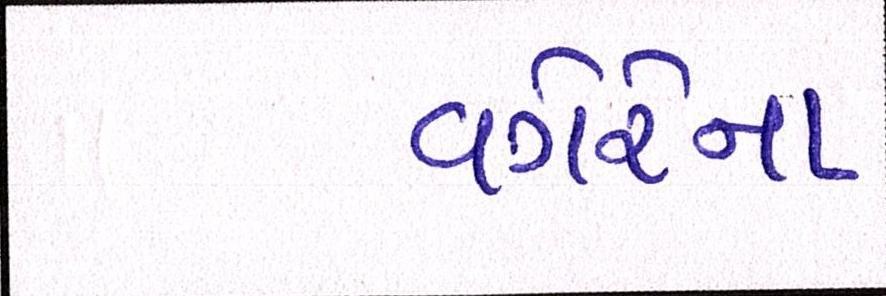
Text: વગેરેના